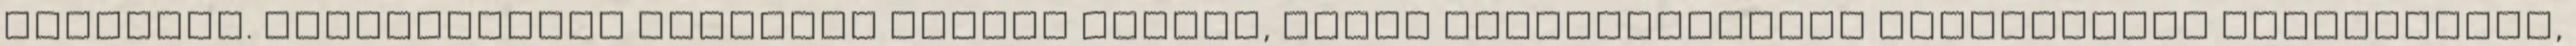
csuklást. Vérkeringést serkentő hatása kiváló, ezért előszeretettel alkalmazzák köszvénynél,